Document type: Acquittal of debt
Year: 1424
Scribe: Francesc de Casanoves
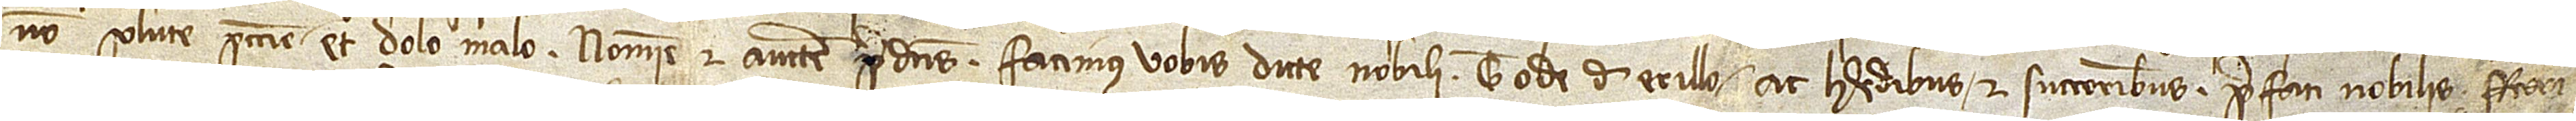
non solute peccunie, et dolo malo, nomine et auctoritate predictis facimus vobis dicte nobili Tode de Erillo ac heredibus et successoribus prefati nobilis Fran-